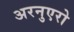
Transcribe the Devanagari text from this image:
अरनुएरो